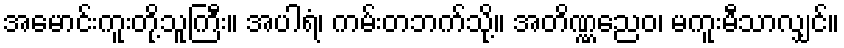
အမောင်းကူးတို့သူကြီး။ အပါရံ၊ ကမ်းတဘက်သို့။ အတိဏ္ဏညေဝ၊ မကူးမီသာလျှင်။